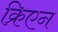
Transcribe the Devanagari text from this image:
क्रिएन